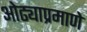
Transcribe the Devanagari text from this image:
ओढ्याप्रमाणे